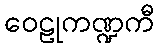
ဝေဠုကဏ္ဍကီ